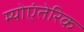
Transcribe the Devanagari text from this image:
म्योएंतेरिक